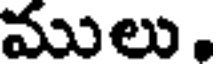
ములు,